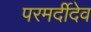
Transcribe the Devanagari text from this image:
परमर्दीदेव